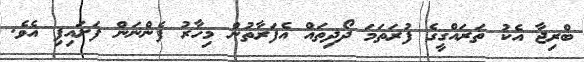
ބްރިޖާ އެކު ތަރައްގީގެ ފުރަތަމަ ދޯދިތައް އެފަރާތުން މިހާރު ފެންނަން ފަށައިފި އެވެ.